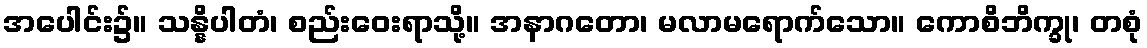
အပေါင်း၌။ သန္နိပါတံ၊ စည်းဝေးရာသို့။ အနာဂတော၊ မလာမရောက်သော။ ကောစိဘိက္ခု၊ တစုံ